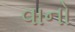
વાનો